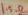
Text: 1.5Ω